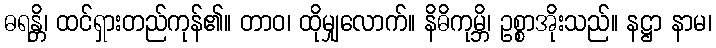
ဓရန္တိ၊ ထင်ရှားတည်ကုန်၏။ တာဝ၊ ထိုမျှလောက်။ နိဓိကုမ္ဘိ၊ ဥစ္စာအိုးသည်။ နဋ္ဌာ နာမ၊